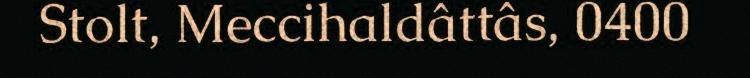
Stolt, Meccihaldâttâs, 0400